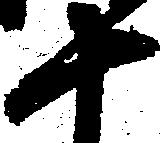
十